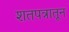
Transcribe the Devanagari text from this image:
शतपत्रातून